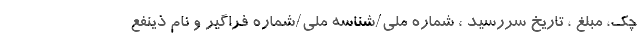
چک، مبلغ ، تاریخ سررسید ، شماره ملی/شناسه ملی/شماره فراگیر و نام ذینفع